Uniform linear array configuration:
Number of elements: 48
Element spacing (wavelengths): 0.5
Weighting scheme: hamming
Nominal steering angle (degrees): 45
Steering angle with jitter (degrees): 45.191
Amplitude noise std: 0.05
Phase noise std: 0.05

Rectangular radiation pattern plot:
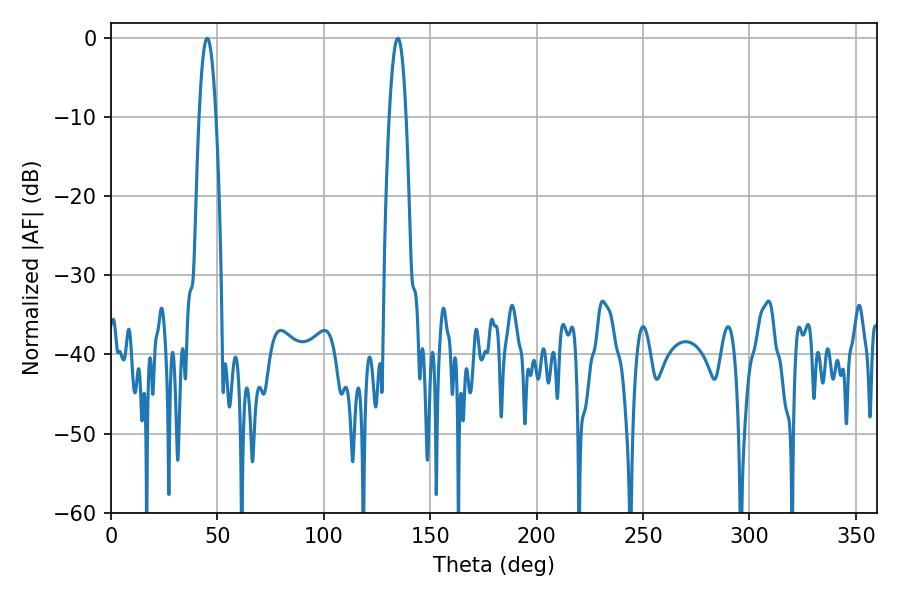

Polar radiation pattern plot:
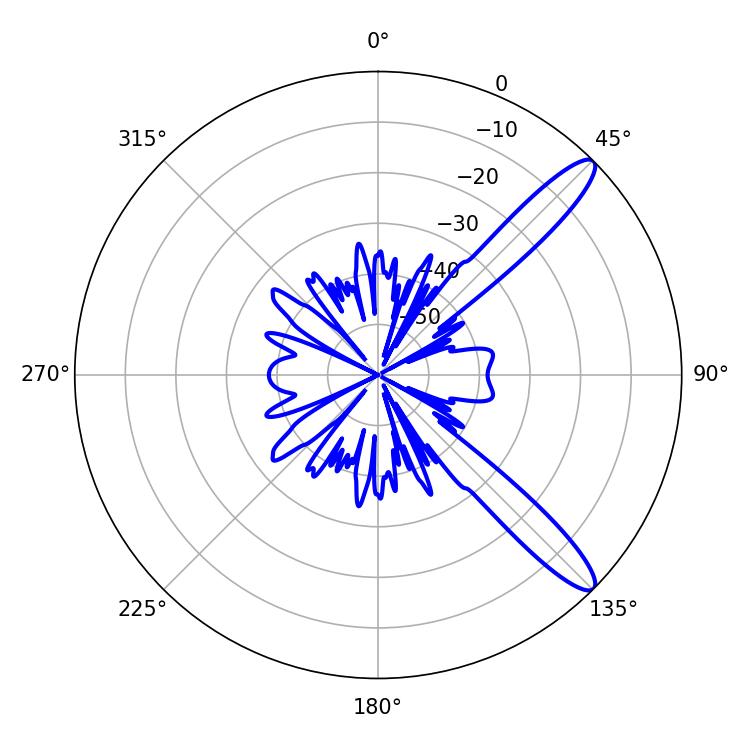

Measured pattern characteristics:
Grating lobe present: FALSE
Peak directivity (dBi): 12.324
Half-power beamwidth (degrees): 4.32
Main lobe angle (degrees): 45.18